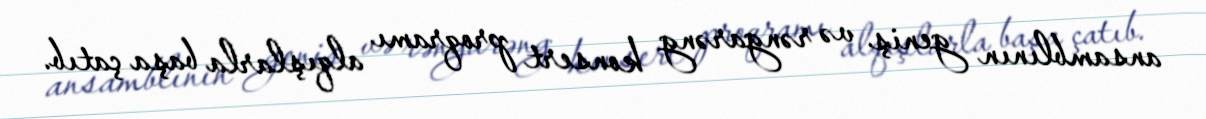
ansamblının geniş və rəngarəng konsert proqramı alqışlarla başa çatıb.